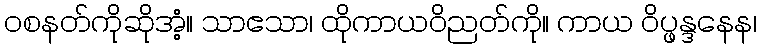
ဝစနတ်ကိုဆိုအံ့။ သာဧသာ၊ ထိုကာယဝိညတ်ကို။ ကာယ ဝိပ္ဖန္ဒနေန၊